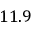
1 1 . 9